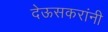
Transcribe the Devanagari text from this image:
देऊसकरांनी